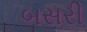
બસરી